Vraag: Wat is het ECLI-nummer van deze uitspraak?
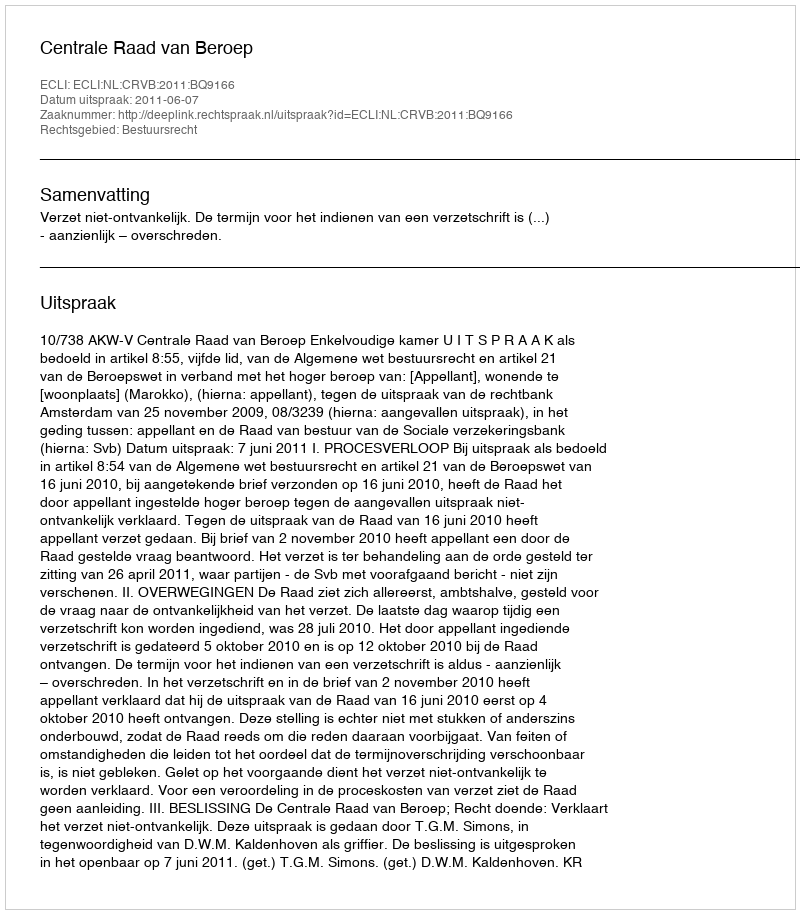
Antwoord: ECLI:NL:CRVB:2011:BQ9166